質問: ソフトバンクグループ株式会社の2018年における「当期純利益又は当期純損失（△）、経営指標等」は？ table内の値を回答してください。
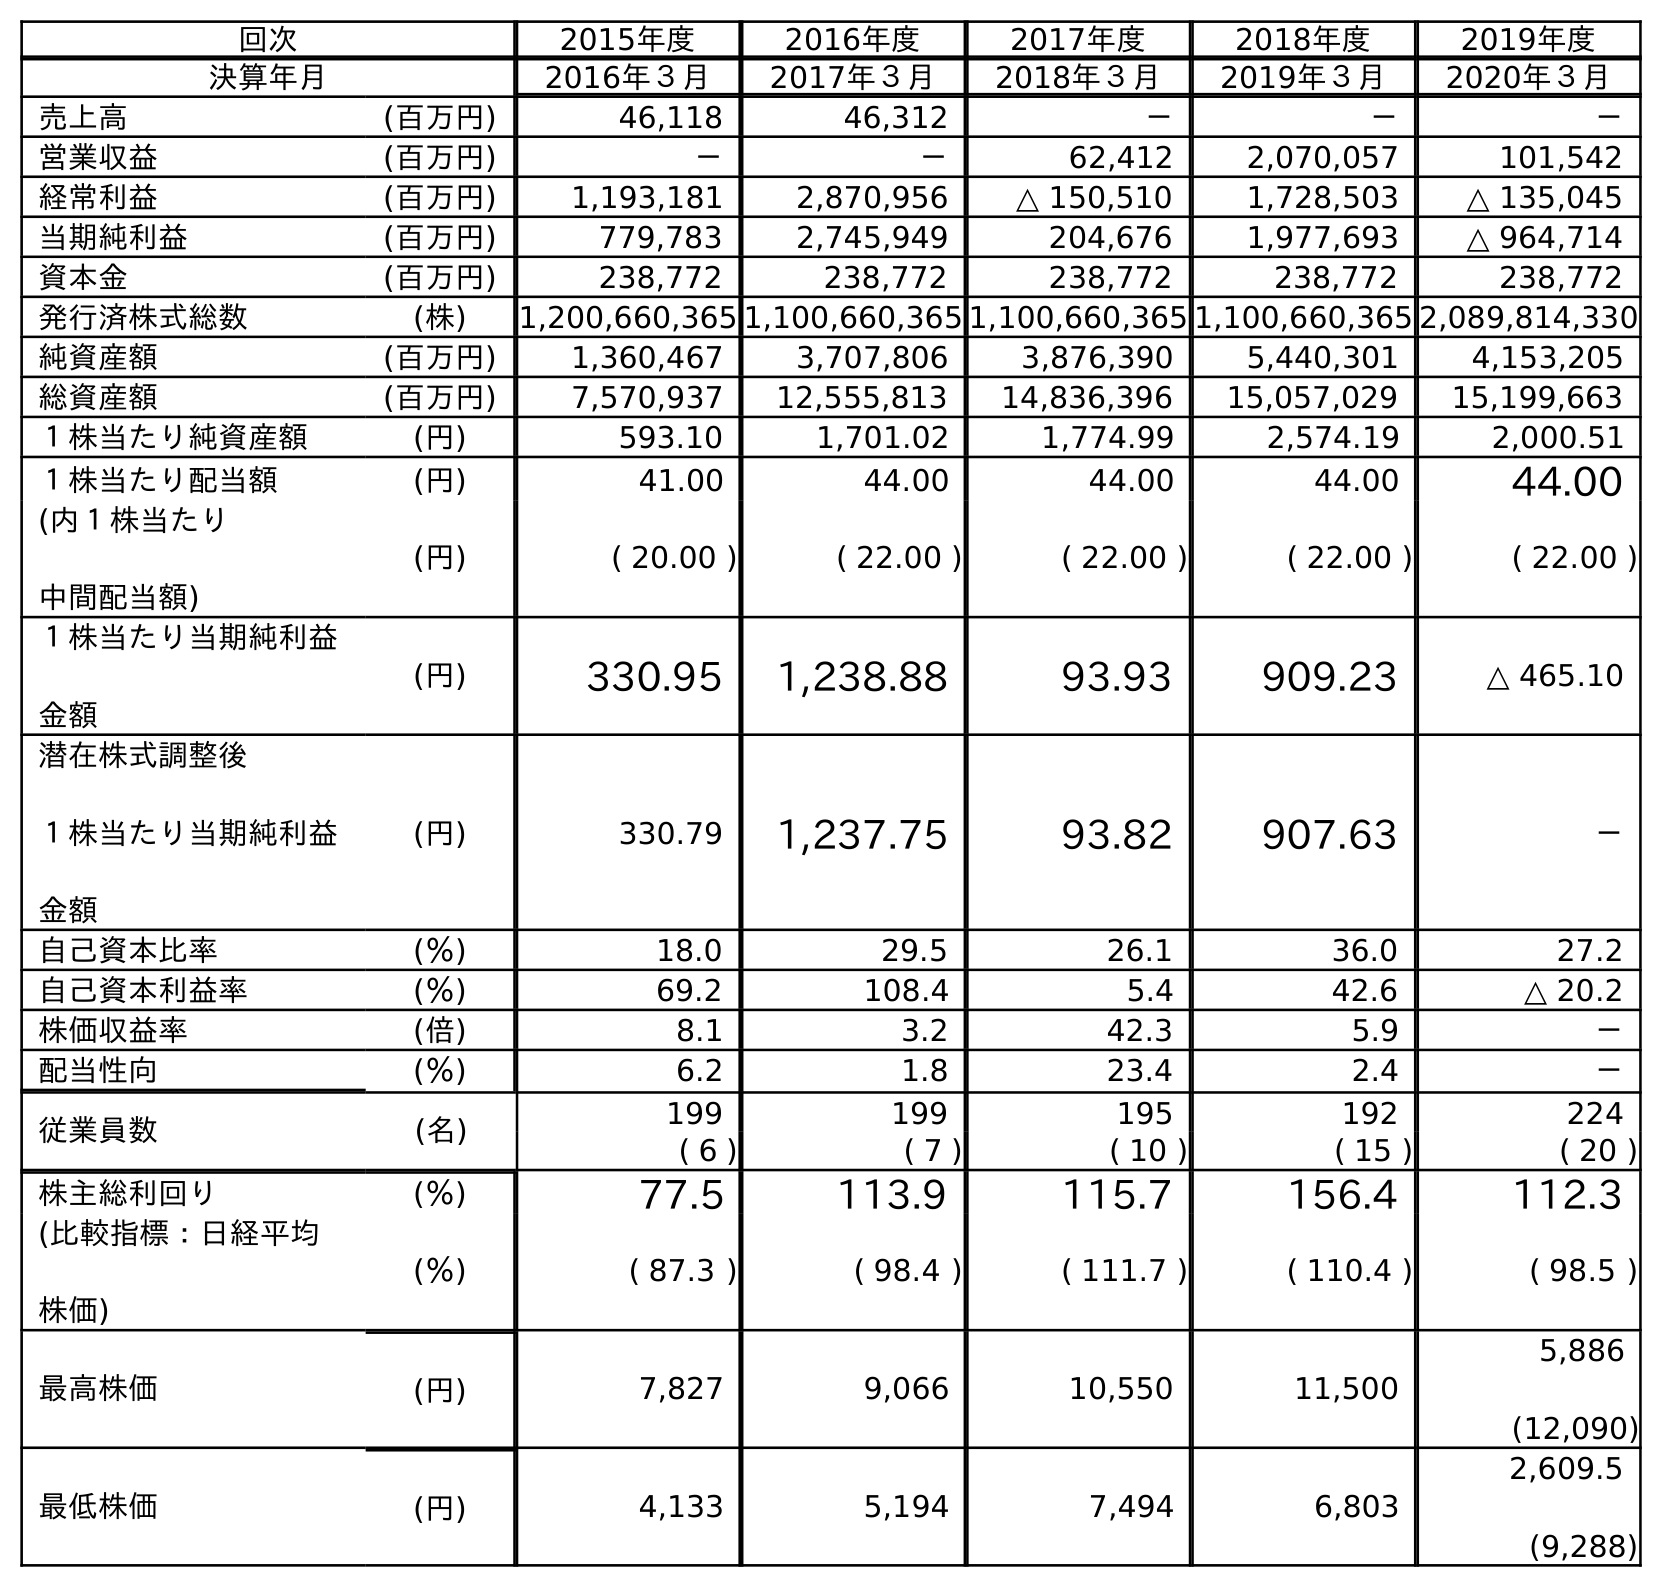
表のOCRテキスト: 回次 2015年度 2016年度 2017年度 2018年度 2019年度 決算年月 2016年３月 2017年３月 2018年３月 2019年３月 2020年３月 売上高 (百万円) 46,118 46,312 － － － 営業収益 (百万円) － － 62,412 2,070,057 101,542 経常利益 (百万円) 1,193,181 2,870,956 △ 150,510 1,728,503 △ 135,045 当期純利益 (百万円) 779,783 2,745,949 204,676 1,977,693 △ 964,714 資本金 (百万円) 238,772 238,772 238,772 238,772 238,772 発行済株式総数 (株) 1,200,660,365 1,100,660,365 1,100,660,365 1,100,660,365 2,089,814,330 純資産額 (百万円) 1,360,467 3,707,806 3,876,390 5,440,301 4,153,205 総資産額 (百万円) 7,570,937 12,555,813 14,836,396 15,057,029 15,199,663 １株当たり純資産額 (円) 593.10 1,701.02 1,774.99 2,574.19 2,000.51 １株当たり配当額 (円) 41.00 44.00 44.00 44.00 44.00 (内１株当たり 中間配当額) (円) ( 20.00 ) ( 22.00 ) ( 22.00 ) ( 22.00 ) ( 22.00 ) １株当たり当期純利益 金額 (円) 330.95 1,238.88 93.93 909.23 △ 465.10 潜在株式調整後 １株当たり当期純利益 金額 (円) 330.79 1,237.75 93.82 907.63 － 自己資本比率 (％) 18.0 29.5 26.1 36.0 27.2 自己資本利益率 (％) 69.2 108.4 5.4 42.6 △ 20.2 株価収益率 (倍) 8.1 3.2 42.3 5.9 － 配当性向 (％) 6.2 1.8 23.4 2.4 － 従業員数 (名) 199 199 195 192 224 ( 6 ) ( 7 ) ( 10 ) ( 15 ) ( 20 ) 株主総利回り (％) 77.5 113.9 115.7 156.4 112.3 (比較指標：日経平均 株価) (％) ( 87.3 ) ( 98.4 ) ( 111.7 ) ( 110.4 ) ( 98.5 ) 最高株価 (円) 7,827 9,066 10,550 11,500 5,886 (12,090) 最低株価 (円) 4,133 5,194 7,494 6,803 2,609.5 (9,288)
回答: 204,676